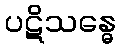
ပဋိသန္ဓေ